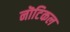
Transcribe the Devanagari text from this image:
नॊटिकल